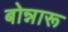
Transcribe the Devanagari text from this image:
बोन्नारू